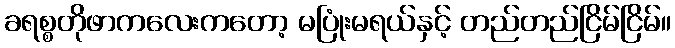
ခရစ္စတိုဖာကလေးကတော့ မပြုံးမရယ်နှင့် တည်တည်ငြိမ်ငြိမ်။